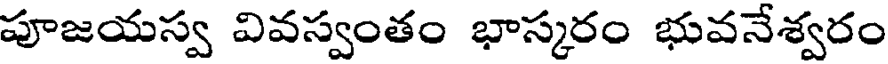
పూజయస్వ వివస్వంతం భాస్కరం భువనేశ్వరం